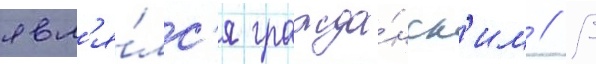
явл'я́лс'я гражда́нск'им // В